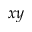
x y